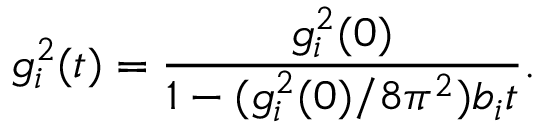
g _ { i } ^ { 2 } ( t ) = { \frac { g _ { i } ^ { 2 } ( 0 ) } { 1 - ( g _ { i } ^ { 2 } ( 0 ) / 8 \pi ^ { 2 } ) b _ { i } t } } .